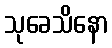
သုခေသိနော